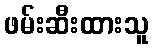
ဖမ်းဆီးထားသူ